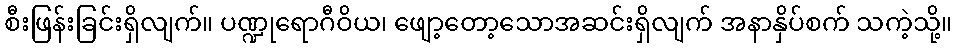
စီးဖြန်းခြင်းရှိလျက်။ ပဏ္ဍုရောဂီဝိယ၊ ဖျော့တော့သောအဆင်းရှိလျက် အနာနှိပ်စက် သကဲ့သို့။